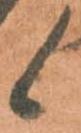
候